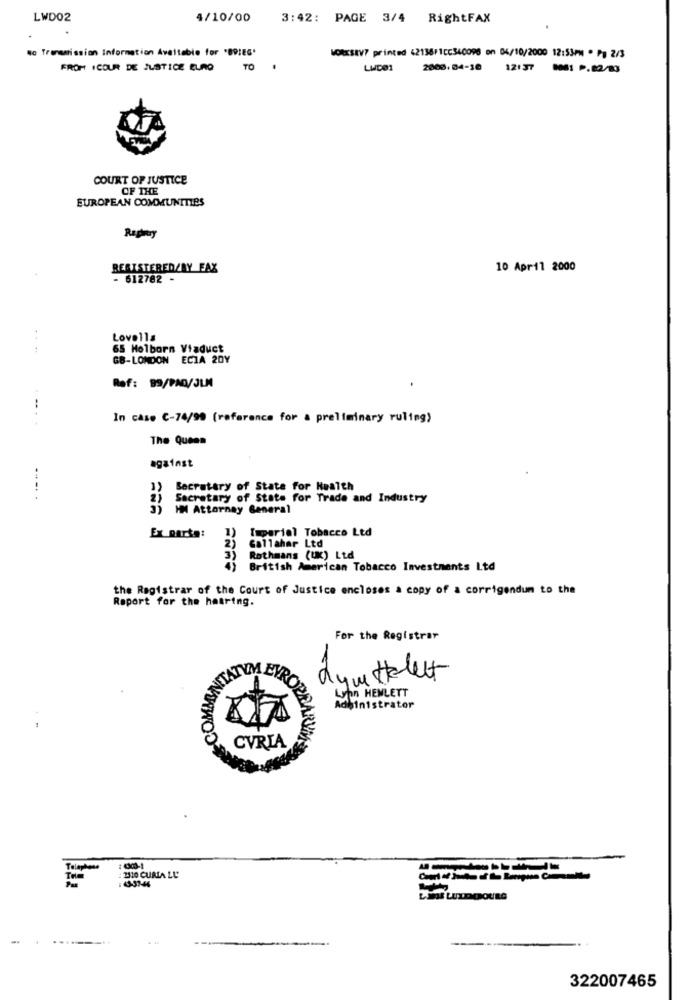
LWD02
4/10/00
3:42: PAGE 3/4 RightFAX
wo Transmission Information Avattable for "BDIEG'
WORKSEV? printed (2136F1cc340096 on 04/10/2000 12:53PM . Pa 2/3
FROM ICOUR DE JUSTICE EURO
TO
LWDe1
2000.84-10 12:37 0061 P.82/83
COURT OF JUSTICE
OF THE
EUROPEAN COMMUNITIES
Repmay
REGISTERED/BY FAX
10 April 2000
- 612782 -
Lovella
....
65 Holborn Viaduct
GB-LONDON ECTA 2DY
Ref: 99/PAD/JLM
.
In case C-74/99 (reference for a preliminary ruling)
.....
The Queen
against
Secretary of State for Health
---..
2) Secretary of State for Trade and Industry
HM Attorney General
Imperial Tobacco Ltd
Ex parte:
2)
1)
Gallahar Ltd
3)
Rothmans (UK) Ltd
43
British American Tobacco Investments Ltd
the Registrar of the Court of Justice encloses a copy of a corrigendum to the
Raport for the hearing.
For the Registrar
METATYM EUR
dymttclett
Lynn HEWLETT
Administrator
CVRIA
Telaphase
: 2310 CURIA LU
LYS LUZDEPOURG
322007465